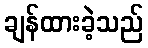
ချန်ထားခဲ့သည်